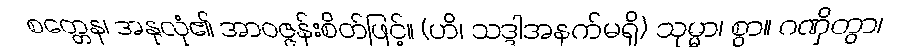
စတ္တေန၊ အနုလုံ၏ အာဝဇ္ဇန်းစိတ်ဖြင့်။ (ဟိ၊ သဒ္ဒါအနက်မရှိ) သုမ္မာ၊ စွာ။ ဂဏှိတွာ၊